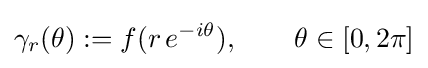
\gamma _{r}(\theta ):=f(r\,e^{-i\theta }),\qquad \theta \in [0,2\pi ]